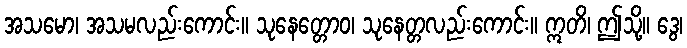
အသမော၊ အသမလည်းကောင်း။ သုနေတ္တောဝ၊ သုနေတ္တလည်းကောင်း။ ဣတိ၊ ဤသို့။ ဒွေ၊